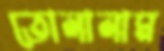
তোলালাম